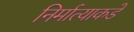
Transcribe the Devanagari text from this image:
निर्मात्याकडे